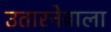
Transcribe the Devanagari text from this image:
उतारनेवाला